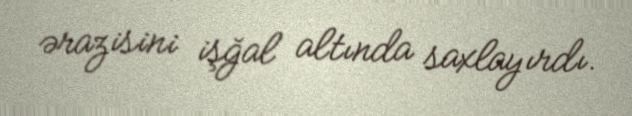
ərazisini işğal altında saxlayırdı.